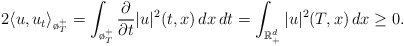
\begin{align*}2\langle u, u_t\rangle_{\o_T^+}=\int_{\o_T^+}\frac{\partial}{\partial t}|u|^2(t,x)\,dx\,dt =\int_{\mathbb{R}^d_+}|u|^2(T,x) \,dx\ge 0.\end{align*}